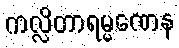
ကလ္လိတာရမ္မဏေန